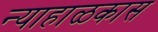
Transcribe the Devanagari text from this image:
न्याहाळकास